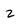
Character: 2